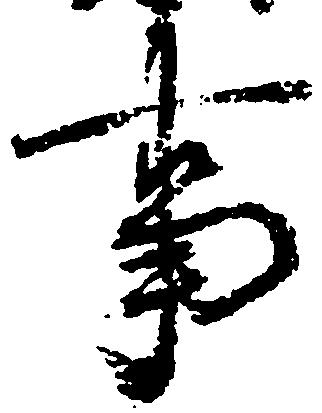
事